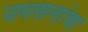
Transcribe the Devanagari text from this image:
उपसनांचा